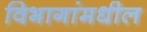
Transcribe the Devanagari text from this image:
विभागांमधील